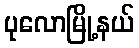
ပုလောမြို့နယ်